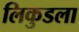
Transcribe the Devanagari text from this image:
लिकुडला